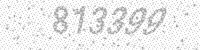
Solution: 813399